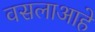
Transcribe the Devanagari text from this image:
वसलाआहे